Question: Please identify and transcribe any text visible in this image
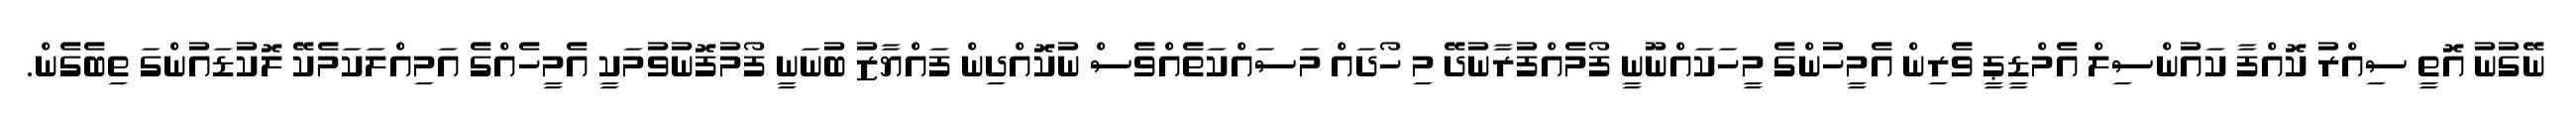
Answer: ނޭގުނު އޮތީ ސިއްރު ކޮއްފާ ކައުންސިލް އެމްޑީޕީ ވެރިން އެމީހުންގެ މީހަކައްނޫނީ ފޯމެއްފުރާނުދޭ މި ހޯދައް މަސައްކަތެއްވެސް ނުކޮއްދިން ފައްޔާޒު ބުނަނީ ފޯމުފޮނުވުމަކީ އެމީހެއްގެ އަމިއްލަކަމެކޭ ލޮކުޑައުންގަ ތިބެގެން.